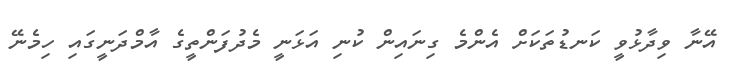
އޭނާ ވިދާޅުވީ ކަނޑުތަކަށް އެންމެ ގިނައިން ކުނި އަޅަނީ މެދުފަންތީގެ އާމްދަނީގައި ހިމެނޭ